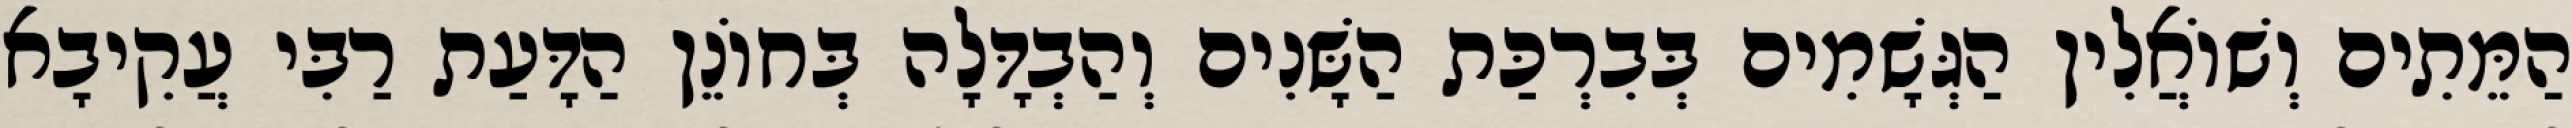
הַמֵּתִים וְשׁוֹאֲלִין הַגְּשָׁמִים בְּבִרְכַּת הַשָּׁנִים וְהַבְדָּלָה בְּחוֹנֵן הַדָּעַת רַבִּי עֲקִיבָא